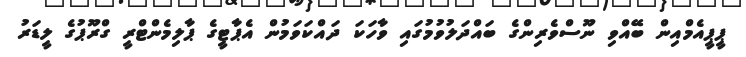
ޕީޕީއެމްއިން ބޭއްވި ނޫސްވެރިންގެ ބައްދަލުވުމުގައި ވާހަކަ ދައްކަވަމުން އެޕާޓީގެ ޕާލިމެންޓްރީ ގްރޫޕުގެ ލީޑަރު